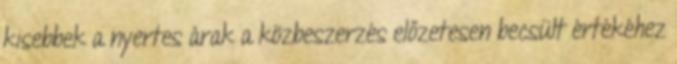
kisebbek a nyertes árak a közbeszerzés előzetesen becsült értékéhez